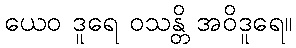
ယေဝ ဒူရေ ဝသန္တိ အဝိဒူရေ။